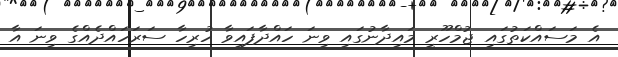
އެ މަސައްކަތުގައި ޖުމްހޫރީ މައިދާނުގައި ވިނަ ހައްދާފައިވާ ހުރިހާ ސަރަހައްދެއްގެ ވިނަ އާ